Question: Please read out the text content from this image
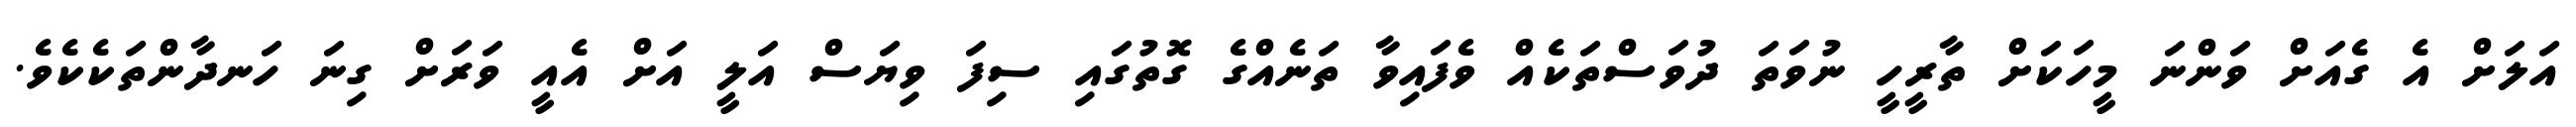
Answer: އަލަށް އެ ގެއަށް ވަންނަ މީހަކަށް ތާރީހީ ނުވަތަ ދުވަސްތަކެއް ވެފައިވާ ތަނެއްގެ ގޮތުގައި ސިފަ ވިޔަސް އަލީ އަށް އެއީ ވަރަށް ގިނަ ހަނދާންތަކެކެވެ.